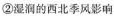
②湿润的西北季风影响